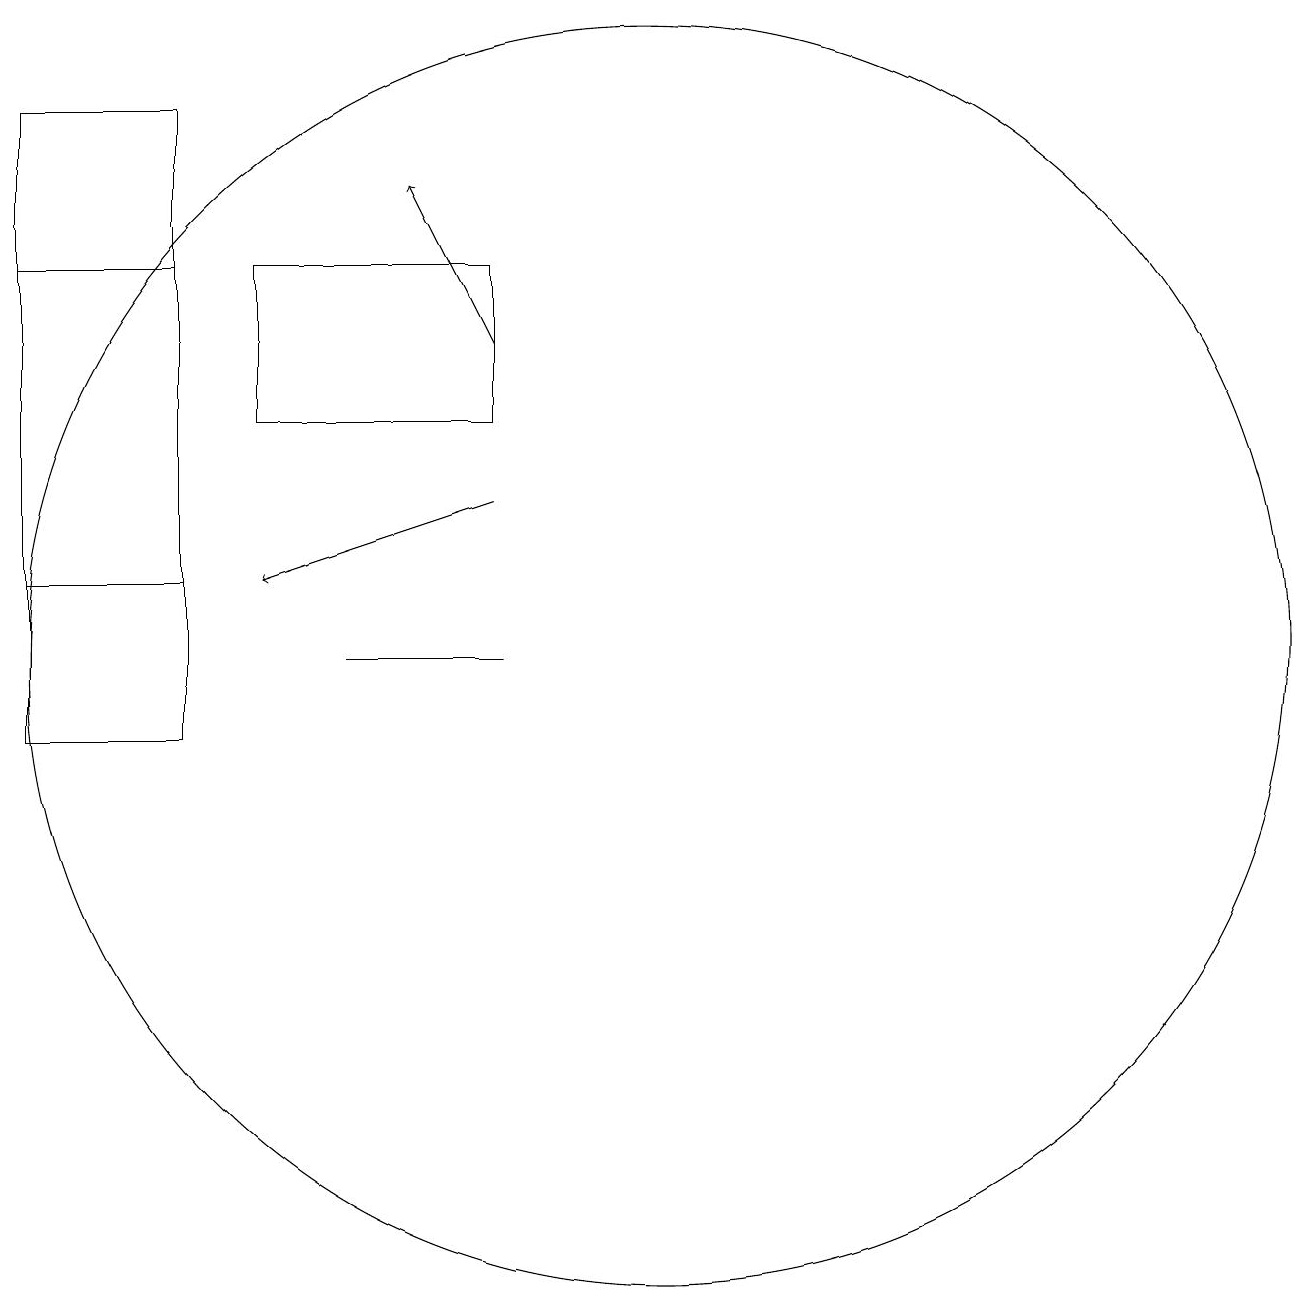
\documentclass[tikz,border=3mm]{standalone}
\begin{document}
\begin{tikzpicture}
\draw[->] (9,15) -- (8,17);
\draw (3,16) rectangle (5,12);
\draw (9,11) rectangle (7,11);
\draw[->] (9,13) -- (6,12);
\draw (9,16) rectangle (6,14);
\draw (11,11) circle (8);
\draw (3,18) rectangle (5,10);
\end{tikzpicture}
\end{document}